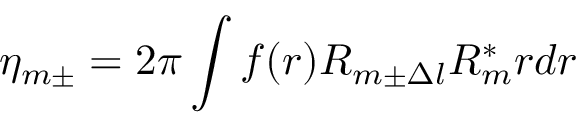
\eta _ { m \pm } = 2 \pi \int f ( r ) R _ { m \pm \Delta l } R _ { m } ^ { * } r d r